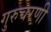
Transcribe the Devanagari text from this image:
गुरुचरणी